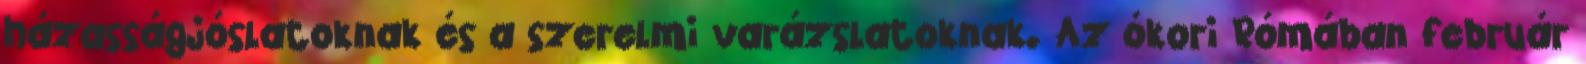
házasságjóslatoknak és a szerelmi varázslatoknak. Az ókori Rómában február